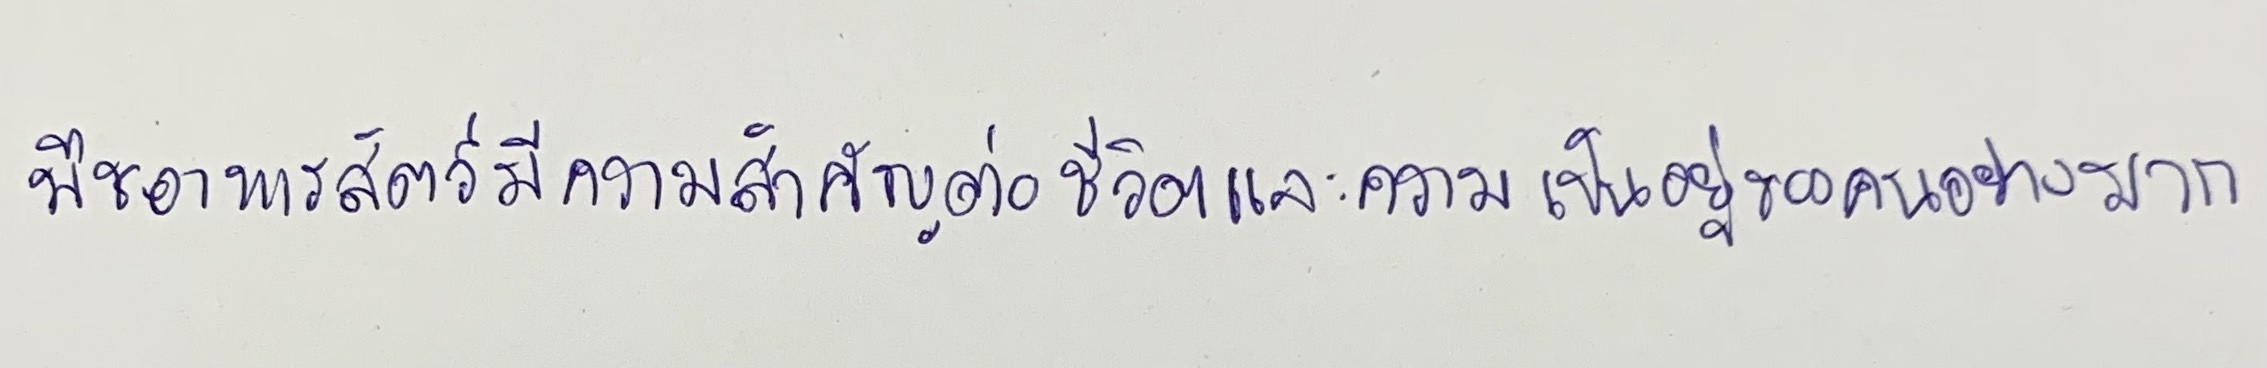
พืชอาหารสัตว์มีความสำคัญต่อชีวิตและความเป็นอยู่ของคนอย่างมาก